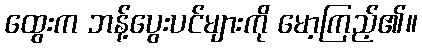
ထွေးက ဘန့်ပွေးပင်များကို မော့ကြည့်၏။